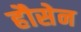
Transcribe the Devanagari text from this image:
हौसेन